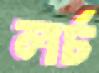
লর্চ